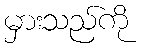
မှားသည်ကို